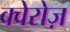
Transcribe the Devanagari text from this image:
क्वेरोज़